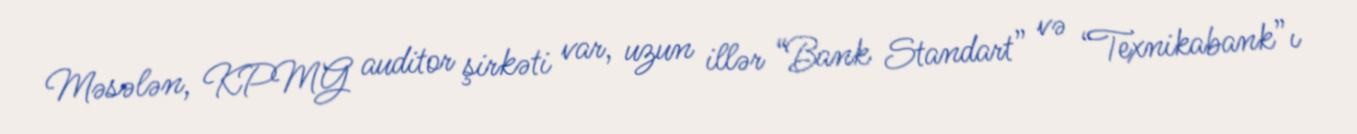
Məsələn, KPMG auditor şirkəti var, uzun illər “Bank Standart” və “Texnikabank”ı